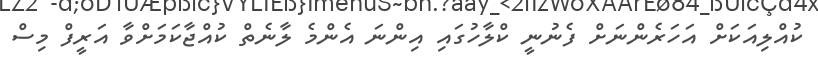
ކުއްލިއަކަށް އަހަރެންނަށް ފެނުނީ ކްލާހުގައި އިންނަ އެންމެ ލާނެތް ކުއްޖާކަމަށްވާ އަރީފް މިސް